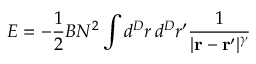
E = - { \frac { 1 } { 2 } } B N ^ { 2 } \int d ^ { D } r \, d ^ { D } r ^ { \prime } { \frac { 1 } { | { \bf r - r ^ { \prime } } | ^ { \gamma } } }